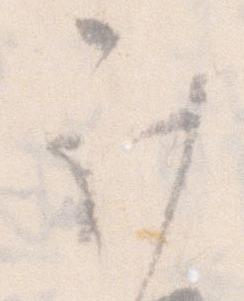
計